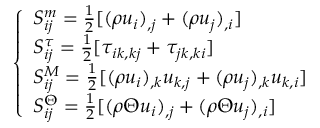
\left\{ \begin{array} { l l } { S _ { i j } ^ { m } = \frac { 1 } { 2 } [ ( \rho u _ { i } ) _ { , j } + ( \rho u _ { j } ) _ { , i } ] } \\ { S _ { i j } ^ { \tau } = \frac { 1 } { 2 } [ \tau _ { i k , k j } + \tau _ { j k , k i } ] } \\ { S _ { i j } ^ { M } = \frac { 1 } { 2 } [ ( \rho u _ { i } ) _ { , k } u _ { k , j } + ( \rho u _ { j } ) _ { , k } u _ { k , i } ] } \\ { S _ { i j } ^ { \Theta } = \frac { 1 } { 2 } [ ( \rho \Theta u _ { i } ) _ { , j } + ( \rho \Theta u _ { j } ) _ { , i } ] } \end{array} \right.